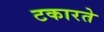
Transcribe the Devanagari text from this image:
टकारते